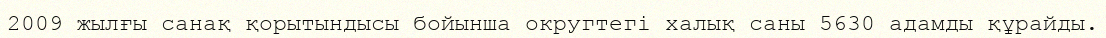
2009 жылғы санақ қорытындысы бойынша округтегі халық саны 5630 адамды құрайды.